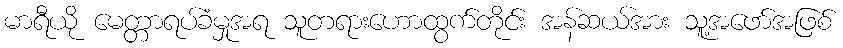
မာရီယို မေတ္တာရပ်ခံမှုအရ သူတရားဟောထွက်တိုင်း အန်ဆယ်အား သူ့အဖော်အဖြစ်